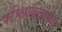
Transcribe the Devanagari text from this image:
परीक्षाकेंद्रांमध्ये